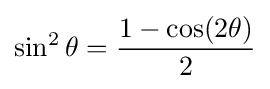
\sin ^{2}\theta ={\frac {1-\cos(2\theta )}{2}}